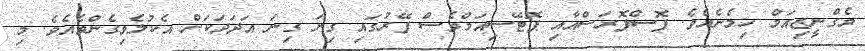
މެގްނީޒިއަމް ހިމެނެއެވެ. ފޮސްފޮރަސްއާއި ޕޮޓޭސިއަމްވެސް ފޭރުގައި ގިނަ ގިނަ އަދަދަކަށް އެކުލެވިގެންވެއެވެ. މި